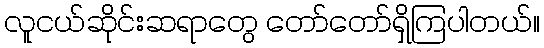
လူငယ်ဆိုင်းဆရာတွေ တော်တော်ရှိကြပါတယ်။